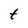
Character: t